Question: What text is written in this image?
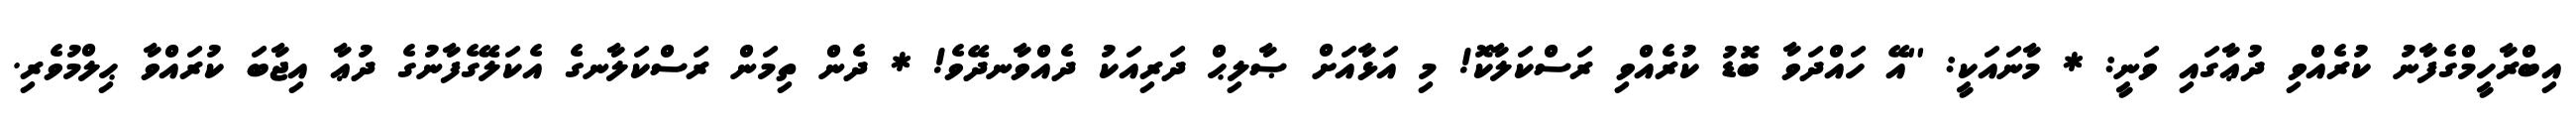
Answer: އިބްރާހީމްގެފާނު ކުރެއްވި ދުޢާގައި ވަނީ: * މާނައަކީ: ''އޭ ހައްދަވާ ބޮޑު ކުރެއްވި ރަސްކަލާކޮ! މި އަޅާއަށް ޞާލިޙް ދަރިއަކު ދެއްވާނދޭވެ! * ދެން ތިމަން ރަސްކަލާނގެ އެކަލޭގެފާނުގެ ދުޢާ އިޖާބަ ކުރައްވާ ޙިލްމުވެރި.